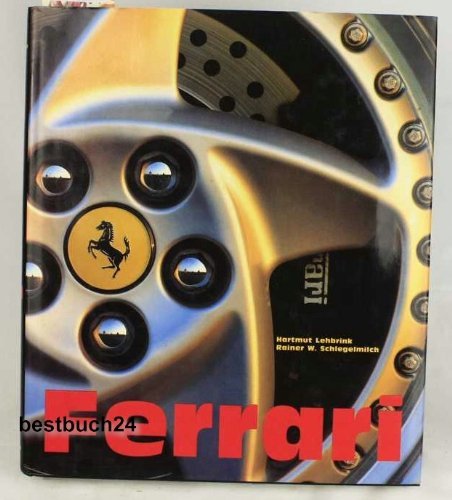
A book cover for Ferrari; Hartmut Lehbrink; Engineering & Transportation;